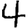
Digit: 4